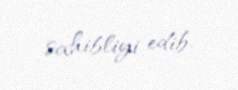
sahibliyi edib.